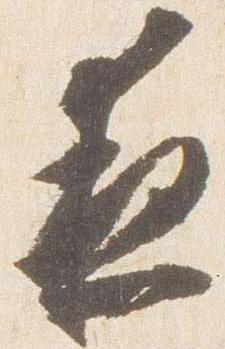
夜